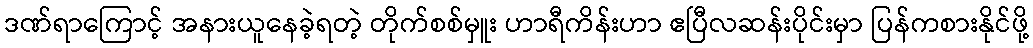
ဒဏ်ရာကြောင့် အနားယူနေခဲ့ရတဲ့ တိုက်စစ်မှူး ဟာရီကိန်းဟာ ဧပြီလဆန်းပိုင်းမှာ ပြန်ကစားနိုင်ဖို့